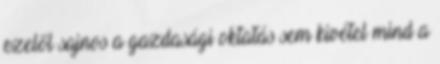
ezelől sajnos a gazdasági oktatás sem kivétel mind a